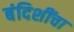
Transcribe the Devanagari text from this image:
बंदिशींचा